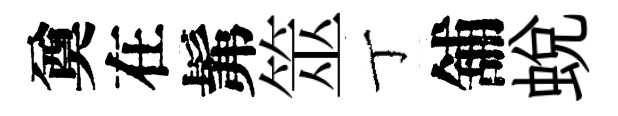
奠在髴筮丁舖蛻